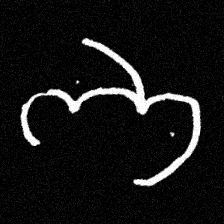
Pyu character \u2014 Myanmar letter: ဘ (romanized: bha)